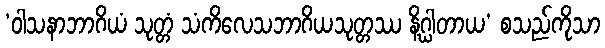
‘ဝါသနာဘာဂိယံ သုတ္တံ သံကိလေသဘာဂိယသုတ္တဿ နိဂ္ဃါတာယ’ စသည်ကိုသာ